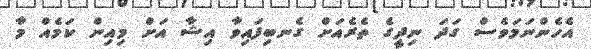
އެހެންނަމަވެސް ގަދަ ނިދީގެ ތެރެއަށް ގެނބިފައިވާ އިޝާ އަށް މިއިން ކަމެއް މާ